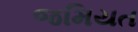
જમિયત